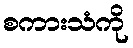
စကားသံကို